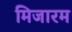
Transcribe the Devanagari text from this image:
मिजारम